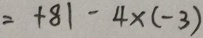
= + 8 1 - 4 \times ( - 3 )